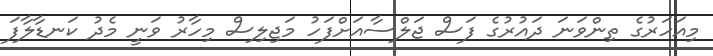
މިއަހަރުގެ ތިންވަނަ ދައުރުގެ ފަސް ޖަލްސާއަށްފަހު މަޖިލިސް މިހާރު ވަނީ މެދު ކަނޑާލާފަ